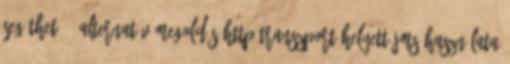
segíthet 42 Alternatív megoldás HTTP transzport helyett JMS használata